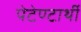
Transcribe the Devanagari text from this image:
पेटेण्टार्थी